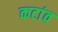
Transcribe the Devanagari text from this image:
कटांव